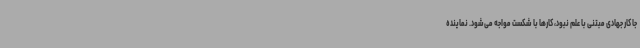
جا کار جهادی مبتنی با علم نبود، کارها با شکست مواجه می‌شود. نماینده